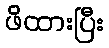
ဖိထားပြီး